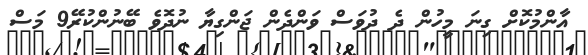
އާންމުކޮށް ގިނަ މީހުން ދެ ދުވަސް ވަންދެން ޖަންގިޔާ ނުދޮވެ ބޭނުންކުރޭ9 މަސް